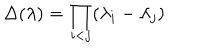
\Delta ( \lambda ) = \prod _ { i < j } ( \lambda _ { i } - \lambda _ { j } )